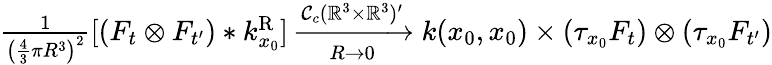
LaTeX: \begin{array}{r}{\frac{1}{\big(\frac{4}{3}\pi R^{3}\big)^{2}}[(F_{t}\otimes F_{t^{\prime}})*k_{x_{0}}^{\mathrm{R}}]\xrightarrow[R\rightarrow 0]{\mathcal{C}_{c}(\mathbb{R}^{3}\times\mathbb{R}^{3})^{\prime}}k(x_{0},x_{0})\times(\tau_{x_{0}}F_{t})\otimes(\tau_{x_{0}}F_{t^{\prime}})}\end{array}